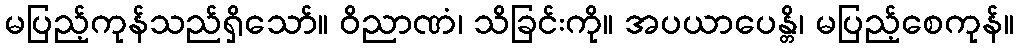
မပြည့်ကုန်သည်ရှိသော်။ ဝိညာဏံ၊ သိခြင်းကို။ အပယာပေန္တိ၊ မပြည့်စေကုန်။